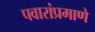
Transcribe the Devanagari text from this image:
पवारांप्रमाणे